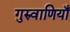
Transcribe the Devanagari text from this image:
गुरुवाणियाँ